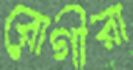
রোগীরা